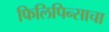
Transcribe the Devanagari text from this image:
फिलिपिन्साचा